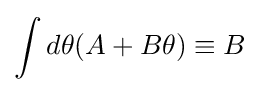
\int d\theta (A+B\theta )\equiv B